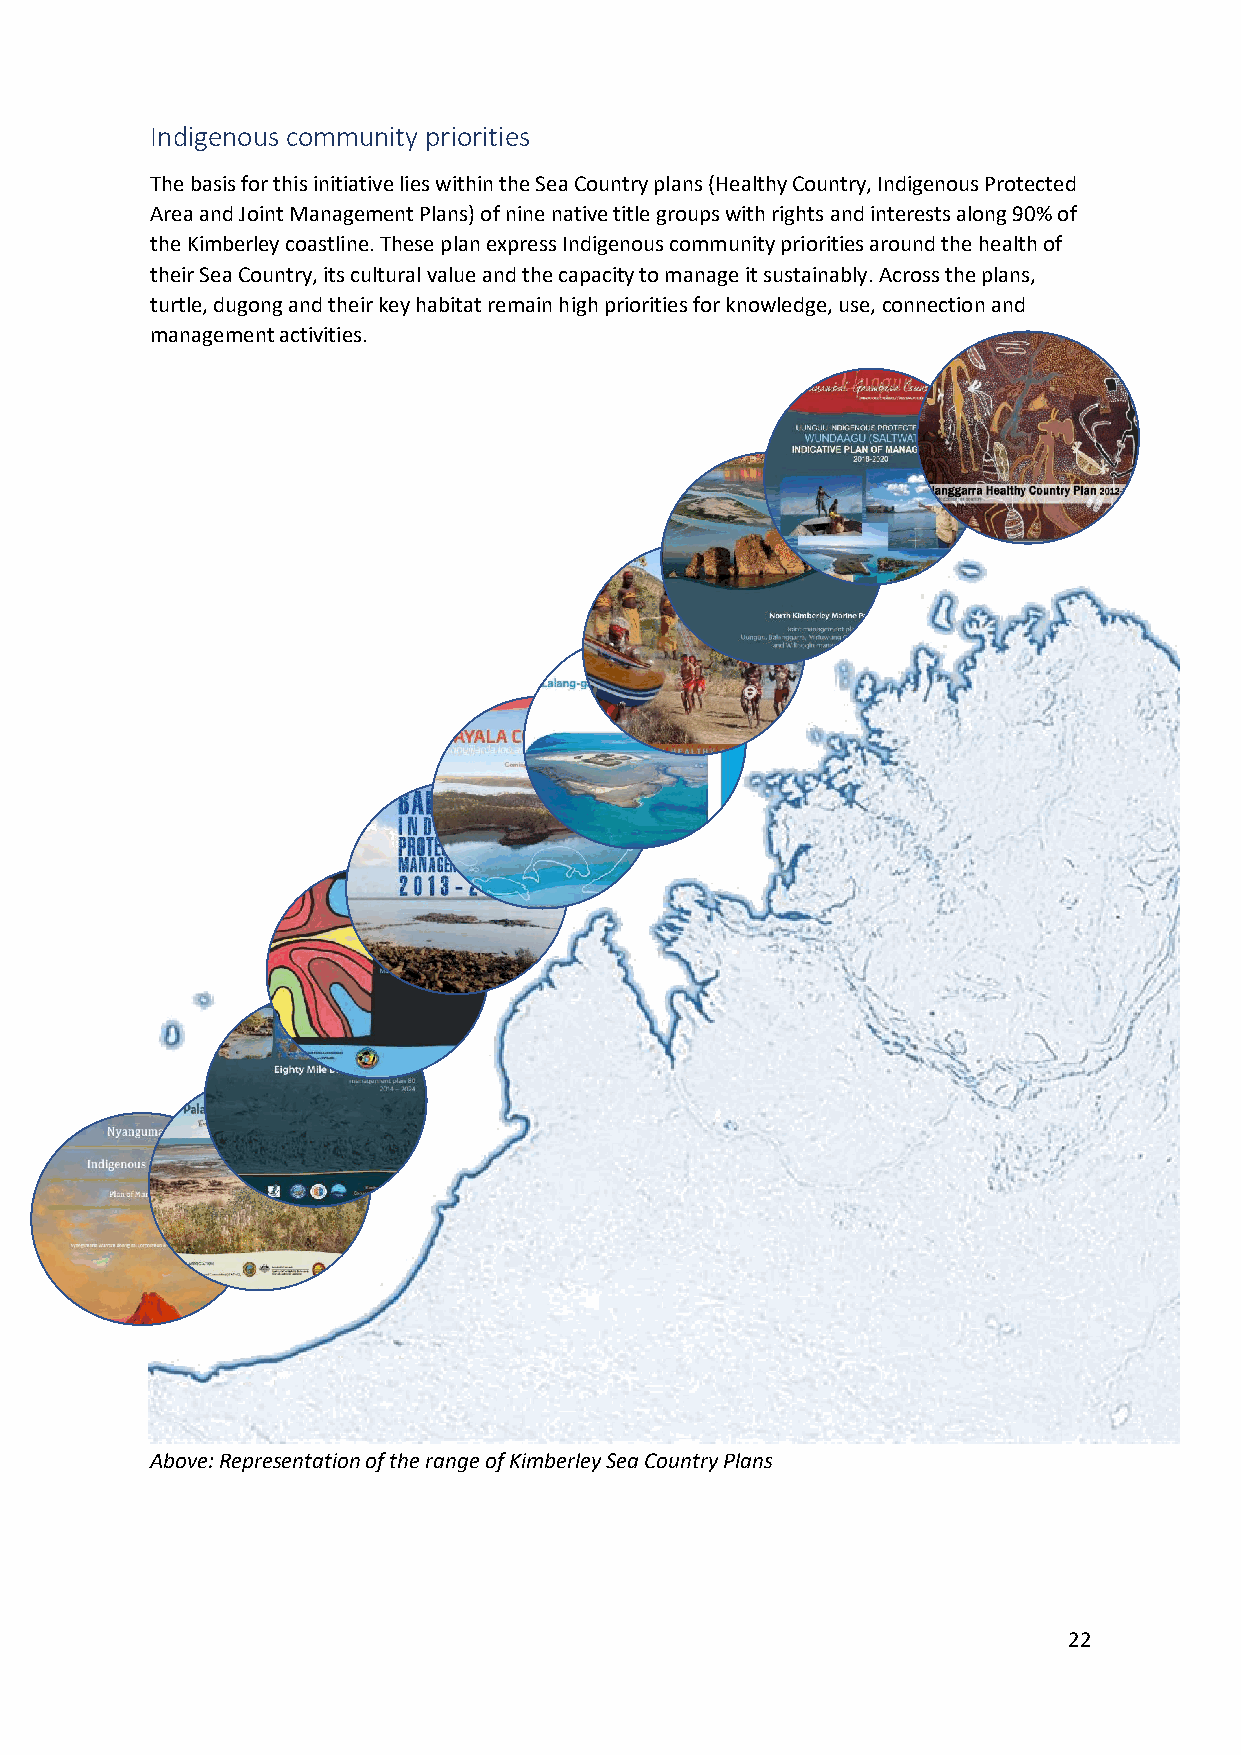
Indigenous community priorities
 The basis for this initiative lies within the Sea Country plans (Healthy Country, Indigenous Protected
 Area and Joint Management Plans) of nine native title groups with rights and interests along 90% of
 the Kimberley coastline. These plan express Indigenous community priorities around the health of
 their Sea Country, its cultural value and the capacity to manage it sustainably. Across the plans,
 turtle, dugong and their key habitat remain high priorities for knowledge, use, connection and
 management activities.
 Above: Representation of the range of Kimberley Sea Country Plans
 22